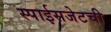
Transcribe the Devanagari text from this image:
स्पाईसजेटची